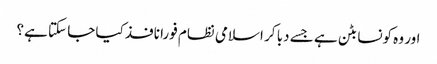
اور وہ کونسا بٹن ہے جسے دبا کر اسلامی نظام فورا نافذ کیا جا سکتا ہے؟